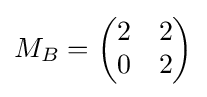
M_{B}={\begin{pmatrix}2&2\\0&2\end{pmatrix}}